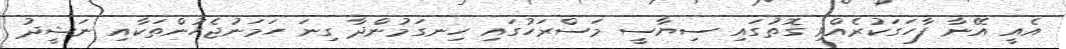
އެއީ އޭނާ ފާހަގަކުރެއްވި ގޮތުގައި ސިޔާސީ މަސްރަހުގައި ހިނގަމުންދާ ގިނަ ހަމަނުޖެހުންތަކާއި ނަޝީދު